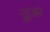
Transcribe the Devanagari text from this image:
ड्रूझ